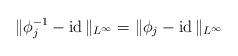
LaTeX: \begin{align*}\|\phi_j^{-1}-\operatorname{id}\|_{L^{\infty}}=\|\phi_j-\operatorname{id}\|_{L^{\infty}}\end{align*}